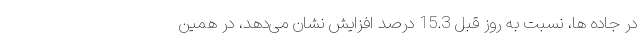
در جاده ها، نسبت به روز قبل 15.3 درصد افزایش نشان می‌دهد، در همین